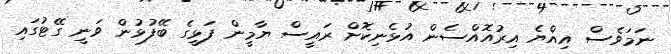
ނަމަވެސް އިއްޔެ އިރުއޮއްސެން އުޅެނިކޮށް ރައީސް ޔާމީން ފަޅީގެ ބޭފުޅުން ވަނީ ގޭޓުގައި